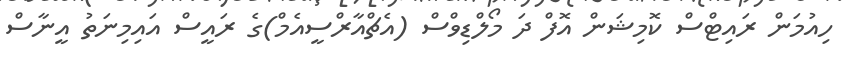
ހިއުމަން ރައިޓްސް ކޮމިޝަން އޮފް ދަ މޯލްޑިވްސް (އެޗްއާރްސީއެމް)ގެ ރައީސް އައިމިނަތު އީނާސް